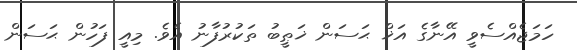
ހަމަޖެއްސެވީ އޭނާގެ އަޚް ޙަސަން ޚަޠީބު ތަކުރުފާނު އެވެ. މިއީ ފަހުން ޙަސަން